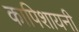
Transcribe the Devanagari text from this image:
कापिशायनी